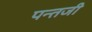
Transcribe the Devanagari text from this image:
पन्तजी